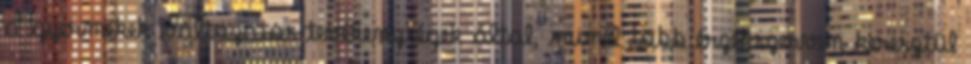
a gyermekek változatos tevékenységek által, minél több érzékszerven keresztül